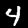
Label: 4